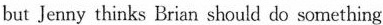
but Jenny thinks Brian should do something